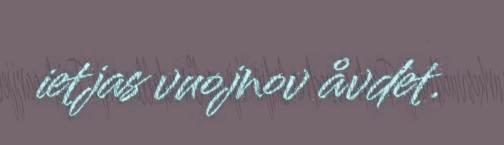
ietjas vuojnov åvdet.